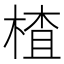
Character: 楂